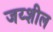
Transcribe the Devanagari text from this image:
जय्शील